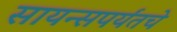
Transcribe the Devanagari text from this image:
सायन्सपर्यंतचे